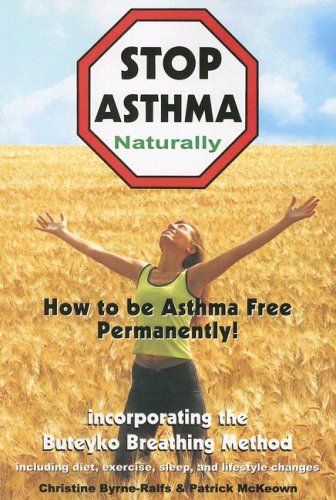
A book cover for Stop Asthma Naturally: Incorporating the Buteyko Breathing Method; Christine Byrne-Ralfs; Health, Fitness & Dieting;